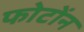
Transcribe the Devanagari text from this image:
फोटोंन